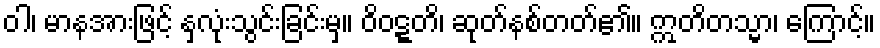
ဝါ၊ မာနအားဖြင့် နှလုံးသွင်းခြင်းမှ။ ဝိဝဋ္ဋတိ၊ ဆုတ်နစ်တတ်၏။ ဣတိတသ္မာ၊ ကြောင့်။